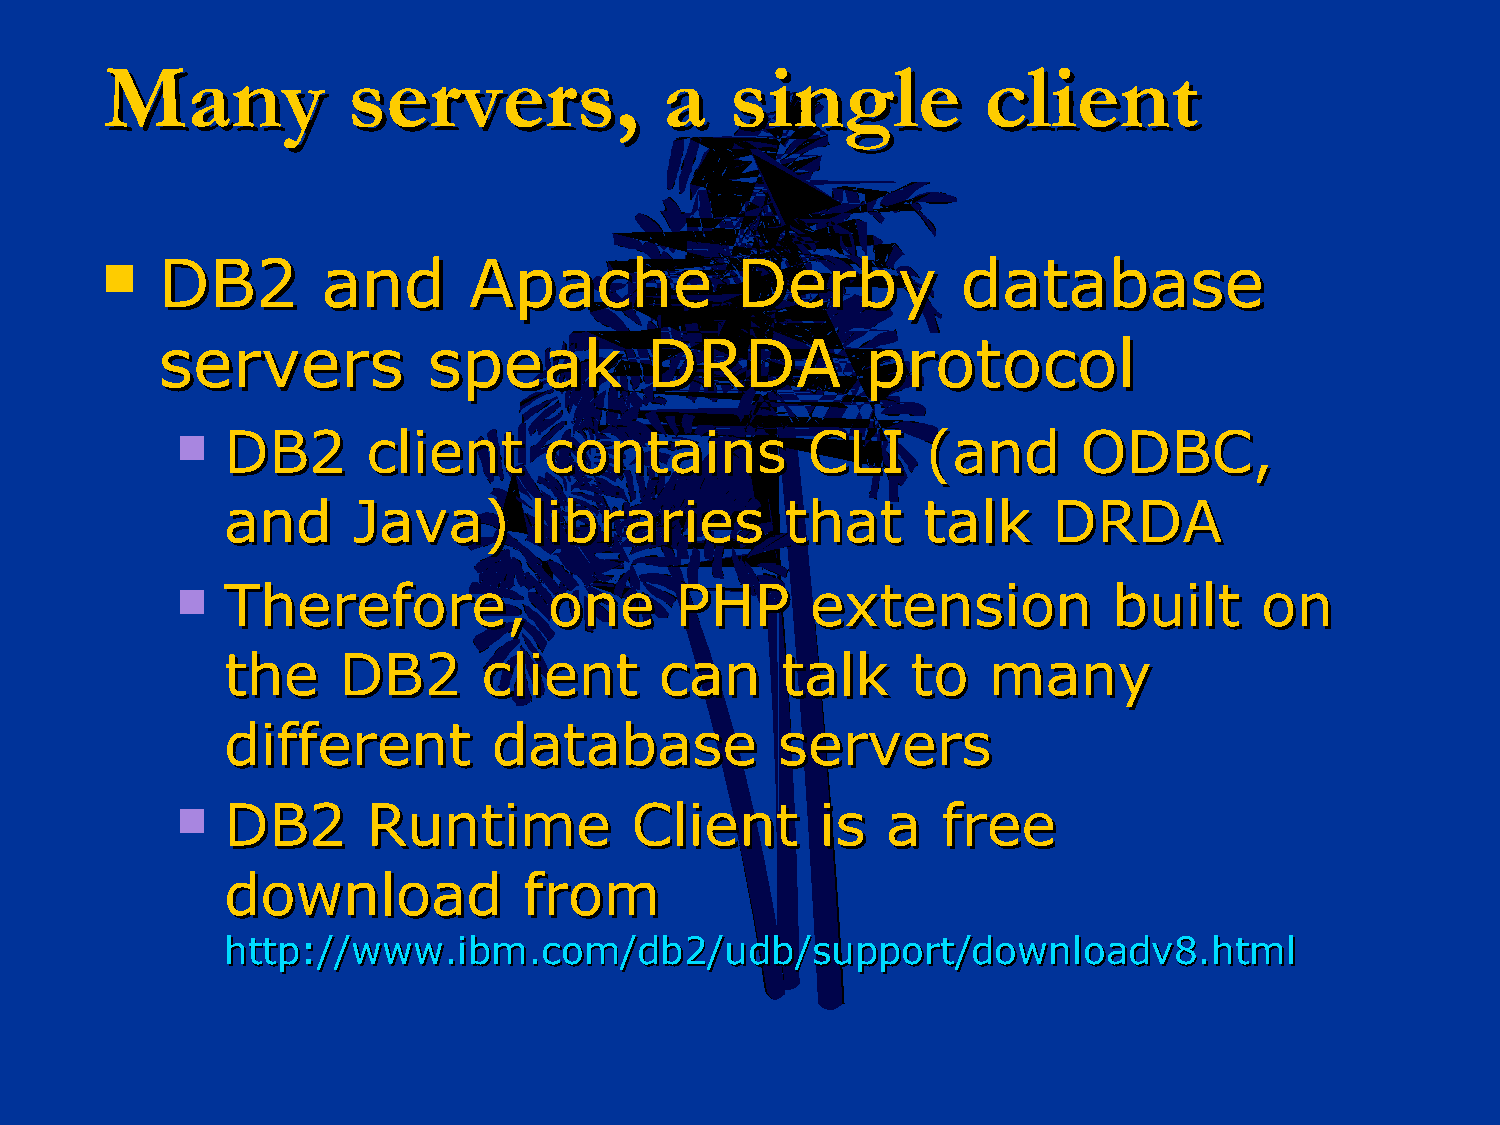
MMaannyy        sseerrvveerrss,,     aa  ssiinnggllee     cclliieenntt
   DDBB22     aanndd    AAppaacchhee      DDeerrbbyy     ddaattaabbaassee
 sseerrvveerrss    ssppeeaakk     DDRRDDAA      pprroottooccooll
   DDBB22   cclliieenntt ccoonnttaaiinnss CCLLII ((aanndd   OODDBBCC,,
 aanndd  JJaavvaa))  lliibbrraarriieess tthhaatt ttaallkk DDRRDDAA
   TThheerreeffoorree,, oonnee   PPHHPP   eexxtteennssiioonn  bbuuiilltt oonn
 tthhee DDBB22    cclliieenntt ccaann ttaallkk ttoo mmaannyy
 ddiiffffeerreenntt ddaattaabbaassee sseerrvveerrss
   DDBB22   RRuunnttiimmee    CClliieenntt iiss aa ffrreeee
 ddoowwnnllooaadd    ffrroomm
 hhttttpp::////wwwwww..iibbmm..ccoomm//ddbb22//uuddbb//ssuuppppoorrtt//ddoowwnnllooaaddvv88..hhttmmll